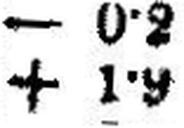
+ 1•9